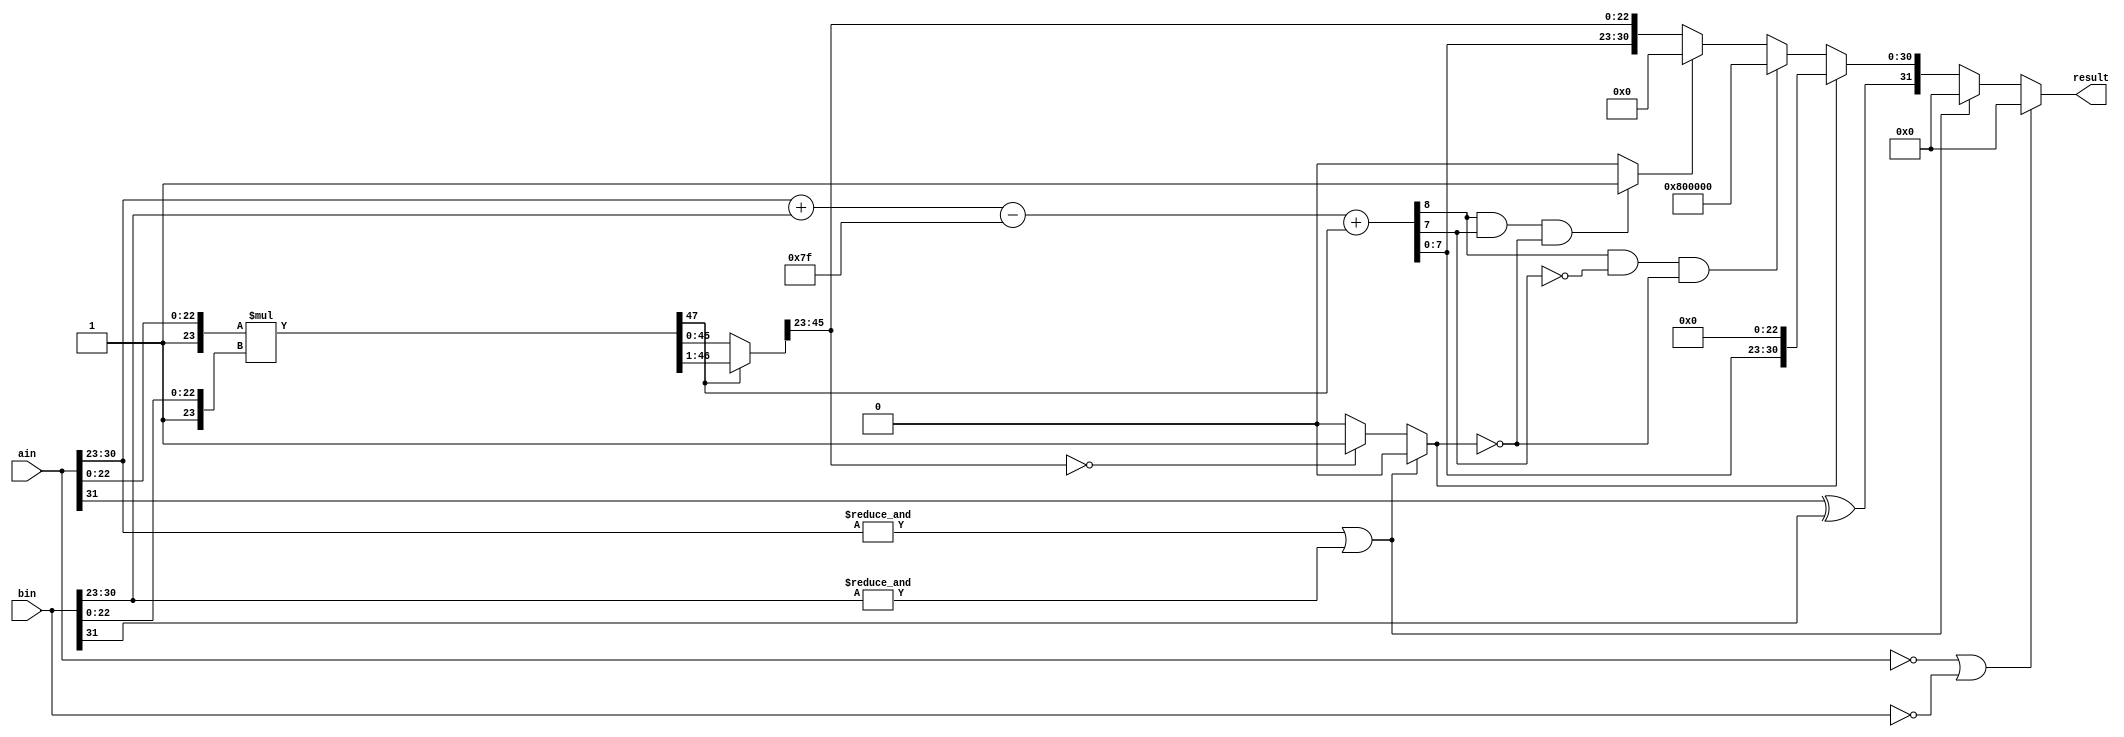
module floating_multiplier(input [31:0] ain, input [31:0] bin, output [31:0] result);

wire  productsign;     // stores the final sign of the product +ve/-
wire [47:0] product;   // stores the product of the two 24 bit numbers
wire [48:0] norm_product;
wire [22:0] product_trimmed;
wire [8:0] final_exponent, exponentnormal;
wire over_exp; 
wire zero1; 

assign productsign = ain[31]^bin[31]; // sign of the product

assign product = {1'b1,ain[22:0]} * {1'b1,bin[22:0]}; // 48 bit product of mantissas 

// logic to check the significant most significant bit and then perform normalizations
// if 48th bit is 1 then right shift, take 46 bit onwards 23
// bits of mantissa 
// else no shift then take 23 bits from there
 
assign norm_product = ( product[47] == 1) ? product >> 1 : product;
 
// Extract 23 bits out of the 48 bit product
assign product_trimmed = norm_product[45:23]; 

// we will add exponenets and subtract bias from them since 127 is
//added twice, added exponent can be nine bits
// if 48 bit is 1 then we need to move the point to one place left
// and then add to the exponent, otherwise if 48th bit is zero 
// then we have to left shift entire expression.
 
assign exponentnormal = ((ain[30:23] + bin[30:23])); 
assign final_exponent = (exponentnormal - (9'b001111111)) + {8'b0, product[47]}; 

// check if exponent of any number > 255
assign over_exp = (&ain[30:23]) | (&bin[30:23]);

wire overflow; 
assign overflow = ((final_exponent[8] & !final_exponent[7]) & !zero1);

// // underflow condition for the test case a = 32'h0080_0000, b = 32'h00180_0000; 
wire underflow; 
assign underflow = ((final_exponent[8] & final_exponent[7]) & !zero1) ? 1'b1 : 1'b0; 

// check if product of mantissa is all zero; 
assign zero1 = over_exp ? 1'b0 : (product_trimmed == 23'd0) ? 1'b1 : 1'b0;
  
// assign the final result, here underflow and overflow checks could be eliminated code works
// without overlow and underflow flag checks as well. for most of the test cases. 
assign result = (ain == 32'h0 || bin == 32'h0) ? 32'b0 : over_exp ? 32'b0 : zero1 ? {productsign, final_exponent[7:0], 23'b0} : overflow ? {productsign,8'b1,23'b0} : underflow ? {productsign,31'b0} :{productsign,final_exponent[7:0],product_trimmed};

endmodule